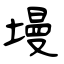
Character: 墁